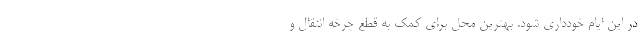
در این ایام خودداری شود. بهترین محل برای کمک به قطع چرخه انتقال و